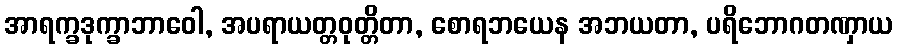
အာရက္ခဒုက္ခာဘာဝေါ, အပရာယတ္တဝုတ္တိတာ, စောရဘယေန အဘယတာ, ပရိဘောဂတဏှာယ